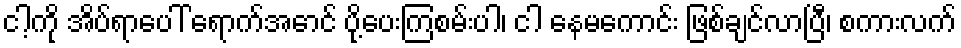
ငါ့ကို အိပ်ရာပေါ် ရောက်အောင် ပို့ပေးကြစမ်းပါ၊ ငါ နေမကောင်း ဖြစ်ချင်လာပြီ၊ စကားလက်